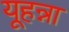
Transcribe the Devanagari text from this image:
यूहन्ना